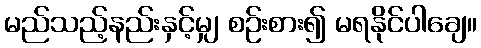
မည်သည့်နည်းနှင့်မျှ စဉ်းစား၍ မရနိုင်ပါချေ။